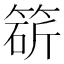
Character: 𥯩